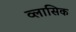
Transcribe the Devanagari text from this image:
व्लासिक